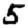
Digit: 5